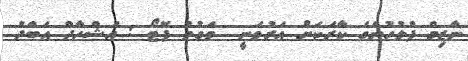
ނާޒިމް ފުލުހުންގެ ކާރަކަށް އަރުވަނީ  ވަގުތު ފޮޓޯ : އަޝްހާދް އަބްދު